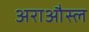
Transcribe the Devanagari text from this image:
अराऔस्ल